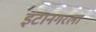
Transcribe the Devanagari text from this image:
इटानगरला